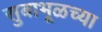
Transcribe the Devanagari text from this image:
सुबाभूळच्या